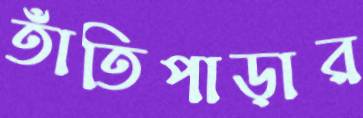
তাঁতিপাড়ার